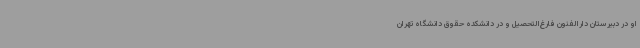
او در دبیرستان دارالفنون فارغ‌التحصیل و در دانشکده حقوق دانشگاه تهران